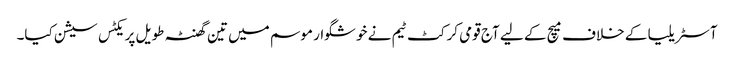
آسٹریلیا کے خلاف میچ کے لیے آج قومی کرکٹ ٹیم نے خوشگوار موسم میں تین گھنٹہ طویل پریکٹس سیشن کیا۔